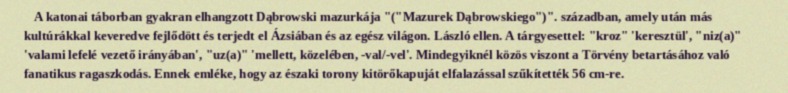
A katonai táborban gyakran elhangzott Dąbrowski mazurkája "("Mazurek Dąbrowskiego")". században, amely után más kultúrákkal keveredve fejlődött és terjedt el Ázsiában és az egész világon. László ellen. A tárgyesettel: "kroz" 'keresztül', "niz(a)" 'valami lefelé vezető irányában', "uz(a)" 'mellett, közelében, -val/-vel'. Mindegyiknél közös viszont a Törvény betartásához való fanatikus ragaszkodás. Ennek emléke, hogy az északi torony kitörőkapuját elfalazással szűkítették 56 cm-re.